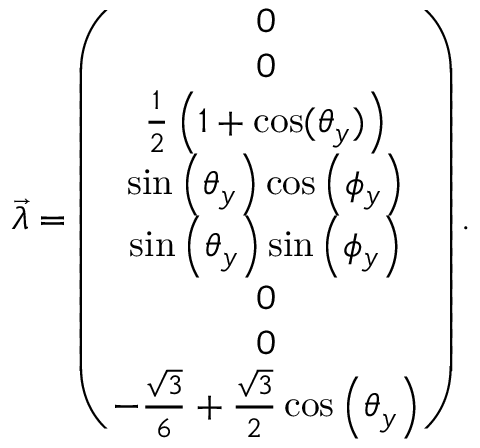
\begin{array} { r } { \overrightarrow { \lambda } = \left( \begin{array} { c } { 0 } \\ { 0 } \\ { \frac { 1 } { 2 } \left( 1 + \cos ( \theta _ { y } ) \right) } \\ { \sin \left( \theta _ { y } \right) \cos \left( \phi _ { y } \right) } \\ { \sin \left( \theta _ { y } \right) \sin \left( \phi _ { y } \right) } \\ { 0 } \\ { 0 } \\ { - \frac { \sqrt { 3 } } { 6 } + \frac { \sqrt { 3 } } { 2 } \cos \left( \theta _ { y } \right) } \end{array} \right) . } \end{array}